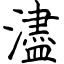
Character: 濜